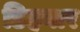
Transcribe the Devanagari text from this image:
डिहबार